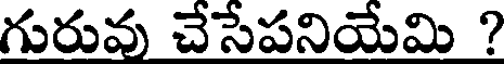
గురువు చేసేపనియేమి ?